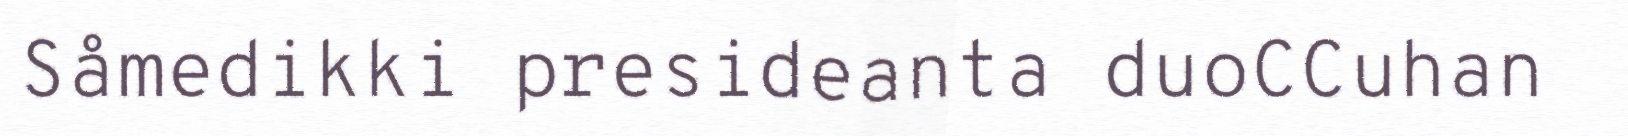
Såmedikki presideanta duoCCuhan